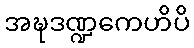
အဍ္ဎဒဏ္ဍကေဟိပိ